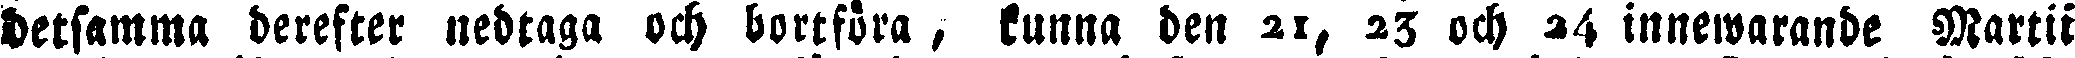
detsamma derefter nedtaga och bortföra, kunna den 21, 23 och 24 innewarande Martii